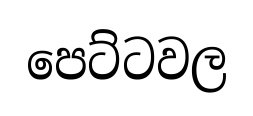
පෙට්ටවල